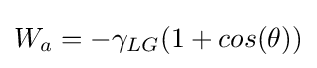
W_{a}=-\gamma _{LG}(1+cos(\theta ))